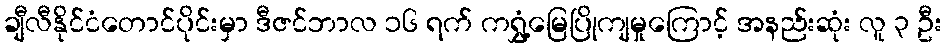
ချီလီနိုင်ငံတောင်ပိုင်းမှာ ဒီဇင်ဘာလ ၁၆ ရက် ကရွှံ့မြေပြိုကျမှုကြောင့် အနည်းဆုံး လူ ၃ ဦး